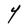
Character: Y